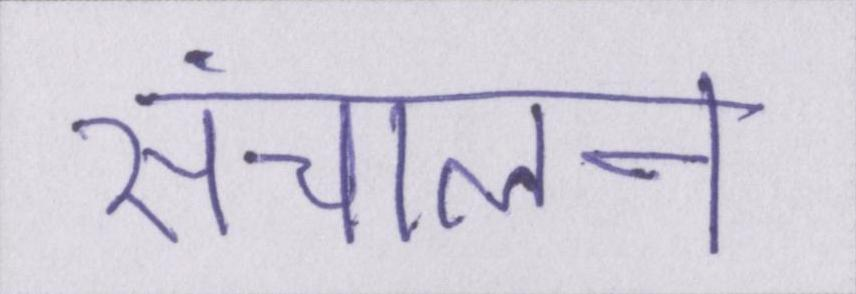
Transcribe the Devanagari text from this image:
संचालन